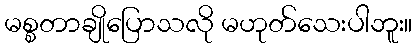
မစ္စတာချိုပြောသလို မဟုတ်သေးပါဘူး။